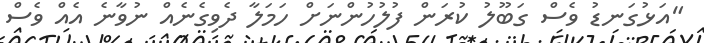
"އަޅުގަނޑު ވެސް ގަބޫލު ކުރަން ފުލުހުންނަށް ހަމަލާ ދެވިގެނެއް ނުވާނެ އެއް ވެސް